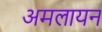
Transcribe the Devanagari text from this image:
अमलायन